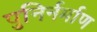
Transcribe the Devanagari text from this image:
पुनिर्नर्माण